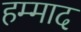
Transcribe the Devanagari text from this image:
हम्माद